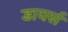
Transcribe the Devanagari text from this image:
डायर्स